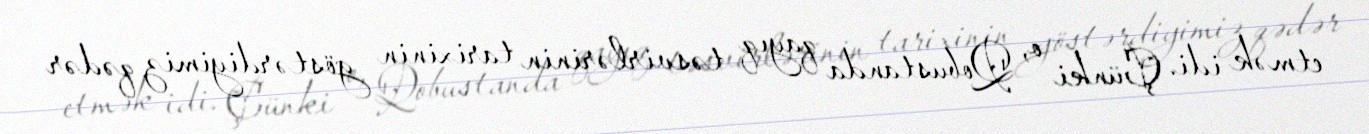
etmək idi. Çünki o, Qobustanda qayıq təsvirlərinin tarixinin göstərdiyimiz qədər